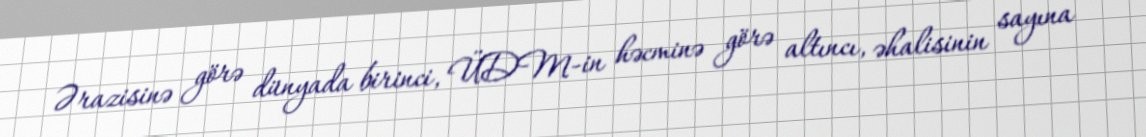
Ərazisinə görə dünyada birinci, ÜDM-in həcminə görə altıncı, əhalisinin sayına